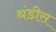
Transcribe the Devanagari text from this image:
थंडीस